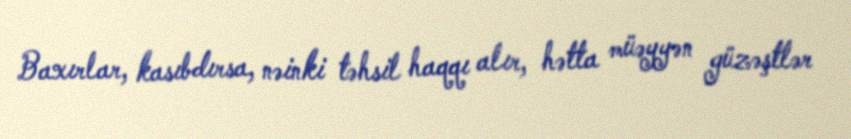
Baxırlar, kasıbdırsa, nəinki təhsil haqqı alır, hətta müəyyən güzəştlər